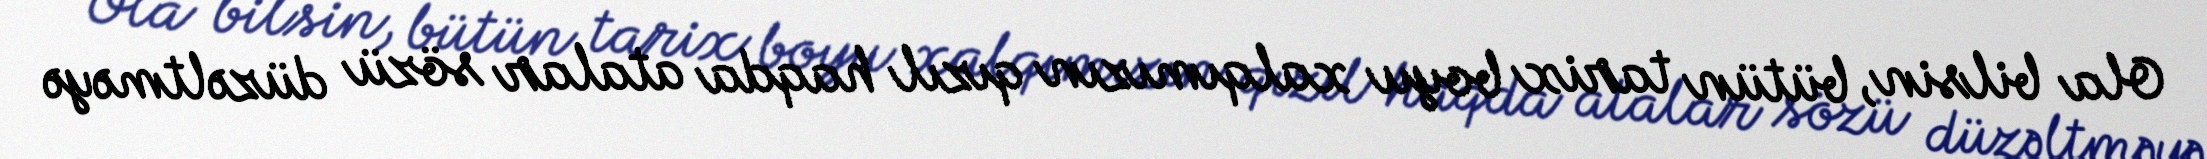
Ola bilsin, bütün tarix boyu xalqımızın qızıl haqda atalar sözü düzəltməyə